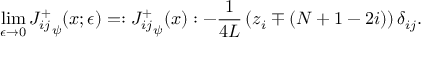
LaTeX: \operatorname * { l i m } _ { \epsilon \rightarrow 0 } { J _ { i j } ^ { + } } _ { \psi } ( x ; \epsilon ) = : { J _ { i j } ^ { + } } _ { \psi } ( x ) : - \frac { 1 } { 4 L } \left( z _ { i } \mp ( N + 1 - 2 i ) \right) \delta _ { i j } .